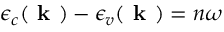
\epsilon _ { c } ( \textbf { k } ) - \epsilon _ { v } ( \textbf { k } ) = n \omega